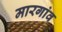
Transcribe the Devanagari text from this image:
मारगांव